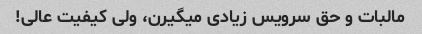
مالبات و حق سرویس زیادی میگیرن، ولی کیفیت عالی!